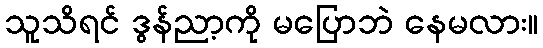
သူသိရင် ဒွန်ညာ့ကို မပြောဘဲ နေမလား။